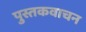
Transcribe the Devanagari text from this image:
पुस्तकवाचन